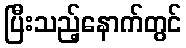
ပြီးသည့်နောက်တွင်